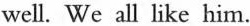
well. We all like him.